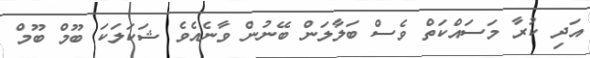
އަދި ކުރާ މަސައްކަތް ވެސް ބަލާލަން ބޭނުން ވާނެއެވެ ޝަކަލަކަ ބޫމް ބޫމް